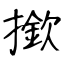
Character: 撳